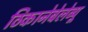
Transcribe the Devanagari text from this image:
ठिकानेबेलेव्यू